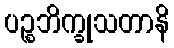
ပဉ္စဘိက္ခုသတာနိ